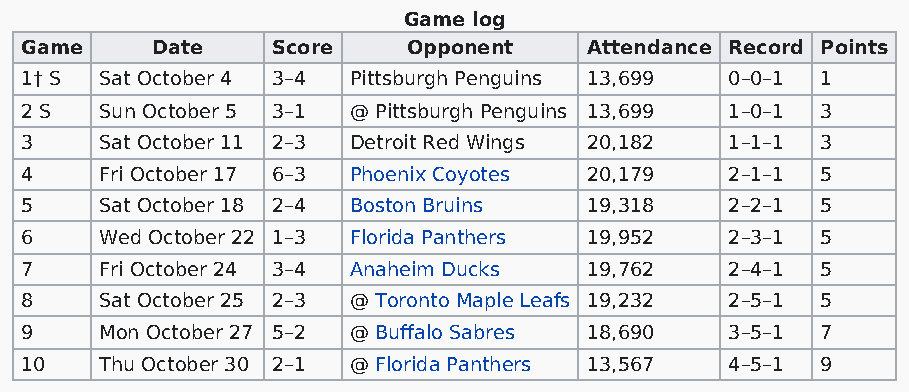
Game log
 Game     Date    Score    Opponent    Attendance Record Points
 1† S  Sat October 4 3–4 Pittsburgh Penguins 13,699 0–0–1 1
 2 S   Sun October 5 3–1 @ Pittsburgh Penguins 13,699 1–0–1 3
 3     Sat October 11 2–3 Detroit Red Wings 20,182 1–1–1 3
 4     Fri October 17 6–3 Phoenix Coyotes 20,179 2–1–1 5
 5     Sat October 18 2–4 Boston Bruins 19,318  2–2–1 5
 6     Wed October 22 1–3 Florida Panthers 19,952 2–3–1 5
 7     Fri October 24 3–4 Anaheim Ducks 19,762  2–4–1 5
 8     Sat October 25 2–3 @ Toronto Maple Leafs 19,232 2–5–1 5
 9     Mon October 27 5–2 @ Buffalo Sabres 18,690 3–5–1 7
 10    Thu October 30 2–1 @ Florida Panthers 13,567 4–5–1 9